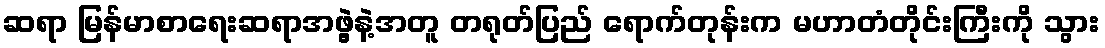
ဆရာ မြန်မာစာရေးဆရာအဖွဲ့နဲ့အတူ တရုတ်ပြည် ရောက်တုန်းက မဟာတံတိုင်းကြီးကို သွား